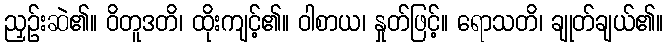
ညှဉ်းဆဲ၏။ ဝိတူဒတိ၊ ထိုးကျင့်၏။ ဝါစာယ၊ နှုတ်ဖြင့်။ ရောသတိ၊ ချုတ်ချယ်၏။